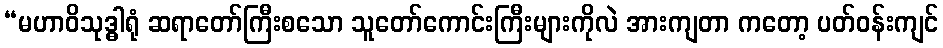
“မဟာဝိသုဒ္ဓါရုံ ဆရာတော်ကြီးစသော သူတော်ကောင်းကြီးများကိုလဲ အားကျတာ ကတော့ ပတ်ဝန်းကျင်